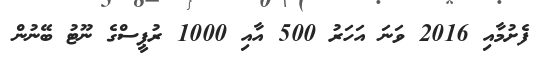
ފެށުމާއި 2016 ވަނަ އަހަރު 500 އާއި 1000 ރުޕީސްގެ ނޫޓު ބޭނުން